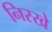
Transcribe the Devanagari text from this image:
निरखे